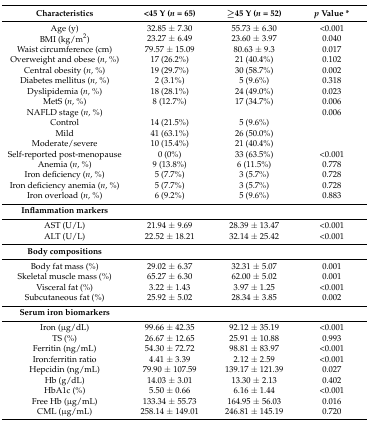
<table><thead><tr><td><b>Characteristics</b></td><td><b>&lt;45 Y (<i>n</i> = 65)</b></td><td><b>≥45 Y (<i>n</i> = 52)</b></td><td><b><i>p</i> Value *</b></td></tr></thead><tbody><tr><td>Age (y)</td><td>32.85 ± 7.30</td><td>55.73 ± 6.30</td><td>&lt;0.001</td></tr><tr><td>BMI (kg/m<sup>2</sup>)</td><td>23.27 ± 6.49</td><td>23.60 ± 3.97</td><td>0.040</td></tr><tr><td>Waist circumference (cm)</td><td>79.57 ± 15.09</td><td>80.63 ± 9.3</td><td>0.017</td></tr><tr><td>Overweight and obese (<i>n</i>, %)</td><td>17 (26.2%)</td><td>21 (40.4%)</td><td>0.102</td></tr><tr><td>Central obesity (<i>n</i>, %)</td><td>19 (29.7%)</td><td>30 (58.7%)</td><td>0.002</td></tr><tr><td>Diabetes mellitus (<i>n</i>, %)</td><td>2 (3.1%)</td><td>5 (9.6%)</td><td>0.318</td></tr><tr><td>Dyslipidemia (<i>n</i>, %)</td><td>18 (28.1%)</td><td>24 (49.0%)</td><td>0.023</td></tr><tr><td>MetS (<i>n</i>, %)</td><td>8 (12.7%)</td><td>17 (34.7%)</td><td>0.006</td></tr><tr><td>NAFLD stage (<i>n</i>, %)</td><td></td><td></td><td>0.006</td></tr><tr><td>Control</td><td>14 (21.5%)</td><td>5 (9.6%)</td><td></td></tr><tr><td>Mild</td><td>41 (63.1%)</td><td>26 (50.0%)</td><td></td></tr><tr><td>Moderate/severe</td><td>10 (15.4%)</td><td>21 (40.4%)</td><td></td></tr><tr><td>Self-reported post-menopause</td><td>0 (0%)</td><td>33 (63.5%)</td><td>&lt;0.001</td></tr><tr><td>Anemia (<i>n</i>, %)</td><td>9 (13.8%)</td><td>6 (11.5%)</td><td>0.778</td></tr><tr><td>Iron deficiency (<i>n</i>, %)</td><td>5 (7.7%)</td><td>3 (5.7%)</td><td>0.728</td></tr><tr><td>Iron deficiency anemia (<i>n</i>, %)</td><td>5 (7.7%)</td><td>3 (5.7%)</td><td>0.728</td></tr><tr><td>Iron overload (<i>n</i>, %)</td><td>6 (9.2%)</td><td>5 (9.6%)</td><td>0.883</td></tr><tr><td><b>Inflammation markers</b></td><td></td><td></td><td></td></tr><tr><td>AST (U/L)</td><td>21.94 ± 9.69</td><td>28.39 ± 13.47</td><td>&lt;0.001</td></tr><tr><td>ALT (U/L)</td><td>22.52 ± 18.21</td><td>32.14 ± 25.42</td><td>&lt;0.001</td></tr><tr><td><b>Body compositions</b></td><td></td><td></td><td></td></tr><tr><td>Body fat mass (%)</td><td>29.02 ± 6.37</td><td>32.31 ± 5.07</td><td>0.001</td></tr><tr><td>Skeletal muscle mass (%)</td><td>65.27 ± 6.30</td><td>62.00 ± 5.02</td><td>0.001</td></tr><tr><td>Visceral fat (%)</td><td>3.22 ± 1.43</td><td>3.97 ± 1.25</td><td>&lt;0.001</td></tr><tr><td>Subcutaneous fat (%)</td><td>25.92 ± 5.02</td><td>28.34 ± 3.85</td><td>0.002</td></tr><tr><td><b>Serum iron biomarkers</b></td><td></td><td></td><td></td></tr><tr><td>Iron (μg/dL)</td><td>99.66 ± 42.35</td><td>92.12 ± 35.19</td><td>&lt;0.001</td></tr><tr><td>TS (%)</td><td>26.67 ± 12.65</td><td>25.91 ± 10.88</td><td>0.993</td></tr><tr><td>Ferritin (ng/mL)</td><td>54.30 ± 72.72</td><td>98.81 ± 83.97</td><td>&lt;0.001</td></tr><tr><td>Iron:ferritin ratio</td><td>4.41 ± 3.39</td><td>2.12 ± 2.59</td><td>&lt;0.001</td></tr><tr><td>Hepcidin (ng/mL)</td><td>79.90 ± 107.59</td><td>139.17 ± 121.39</td><td>0.027</td></tr><tr><td>Hb (g/dL)</td><td>14.03 ± 3.01</td><td>13.30 ± 2.13</td><td>0.402</td></tr><tr><td>HbA1c (%)</td><td>5.50 ± 0.66</td><td>6.16 ± 1.44</td><td>&lt;0.001</td></tr><tr><td>Free Hb (μg/mL)</td><td>133.34 ± 55.73</td><td>164.95 ± 56.03</td><td>0.016</td></tr><tr><td>CML (μg/mL)</td><td>258.14 ± 149.01</td><td>246.81 ± 145.19</td><td>0.720</td></tr></tbody></table>